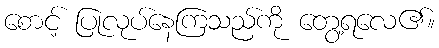
စောင့် ပြုလုပ်နေကြသည်ကို တွေ့ရလေ၏။